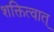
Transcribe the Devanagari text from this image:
शक्तित्वात्